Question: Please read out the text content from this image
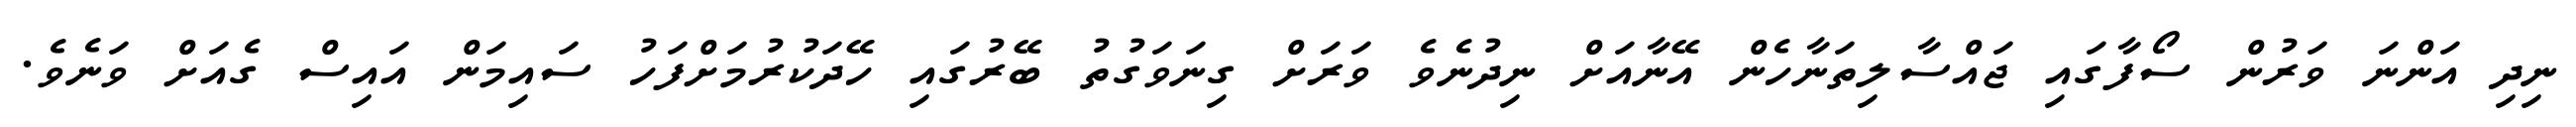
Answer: ނިދި އަންނަ ވަރުން ސޯފާގައި ޖައްސާލިތަނާހެން އޭނާއަށް ނިދުނެވެ ވަރަށް ގިނަވަގުތު ބޭރުގައި ހޭދަކުރުމަށްފަހު ސައިމަން އައިސް ގެއަށް ވަނެވެ.